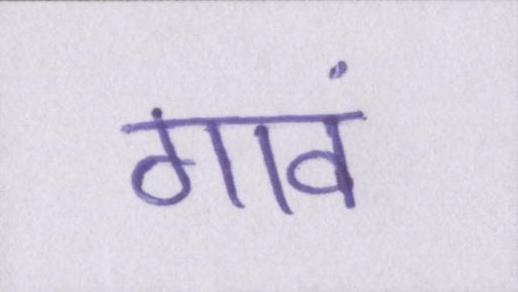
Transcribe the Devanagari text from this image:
गावं